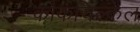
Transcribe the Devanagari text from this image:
काकचिल्केल